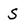
Character: S